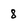
Character: 8